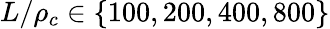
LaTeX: L/\rho_{c}\in\{ 100,200,400,800\}